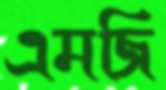
এমজি